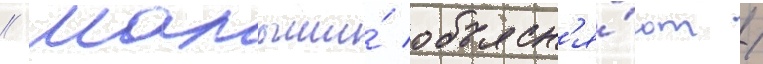
// Малыши́ объясн'я́ют /